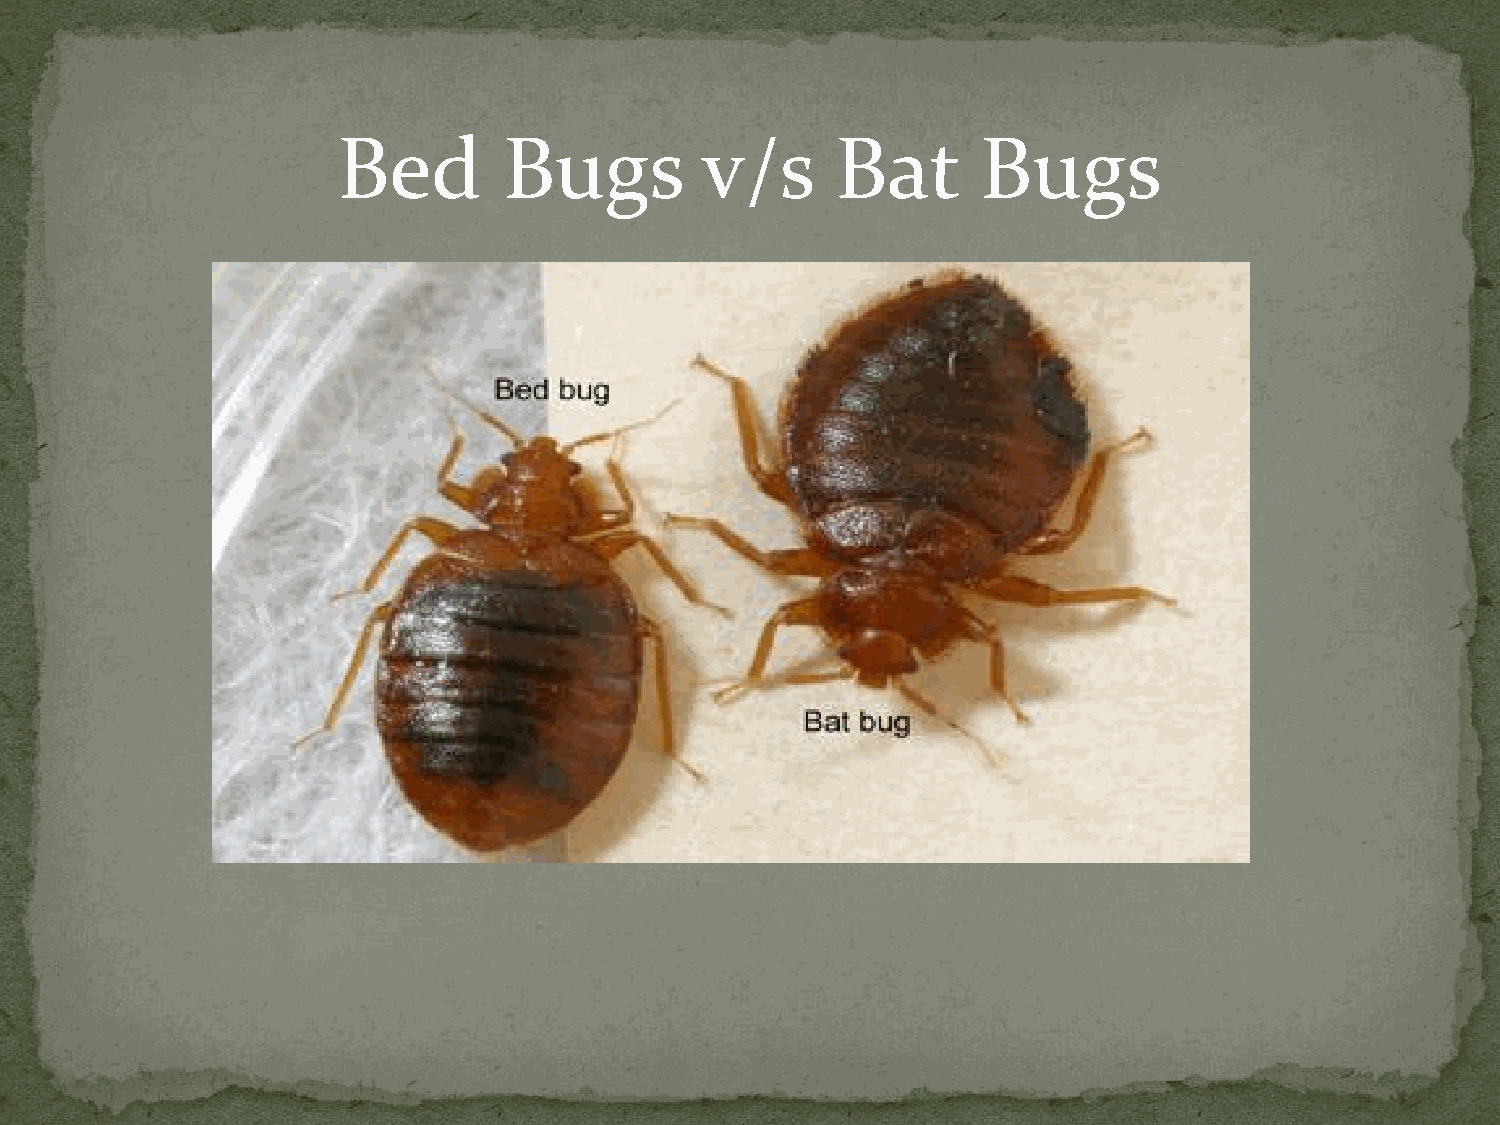
Bed        Bugs         v/s      Bat       Bugs